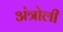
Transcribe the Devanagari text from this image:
अंत्रोली